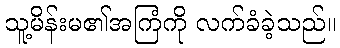
သူ့မိန်းမ၏အကြံကို လက်ခံခဲ့သည်။